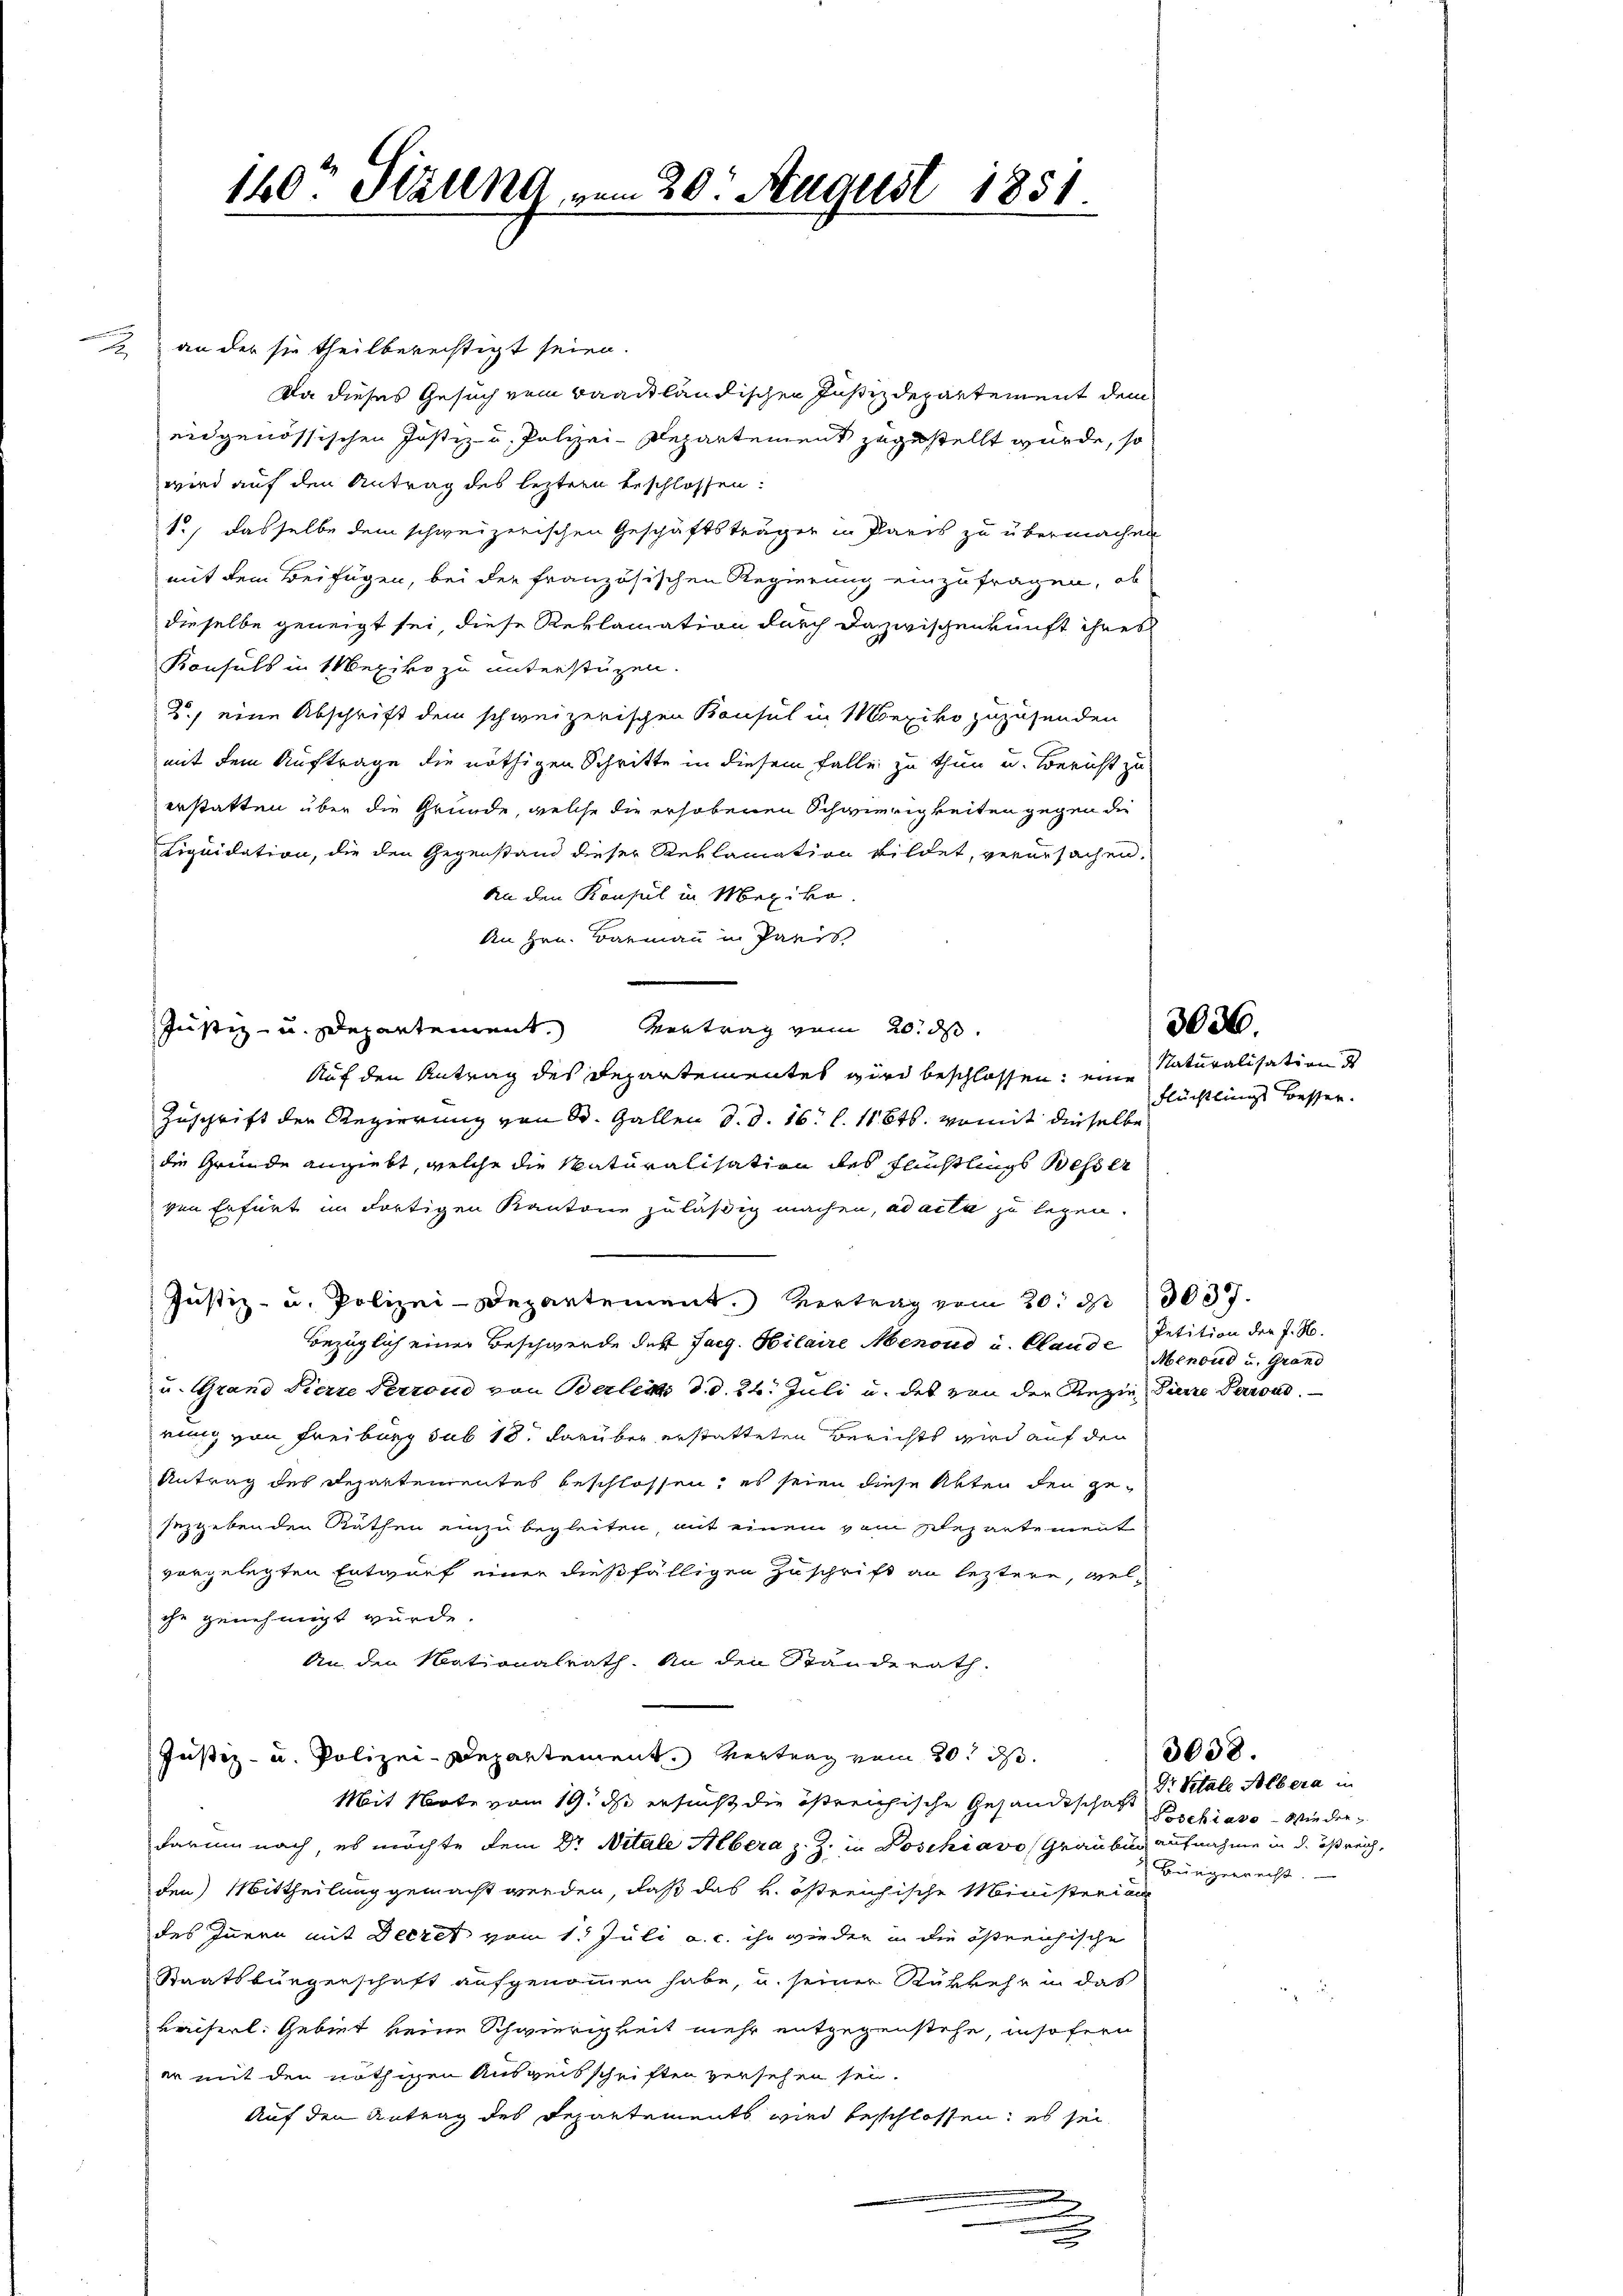
2 an der sie theilberechtigt seien.
Da dieses Gesuch vom Baadtländischen Justizdepartement dem
eidgenössischen Justiz- u. Polizei-Departement zugestellt würde, so
wird auf den Antrag des leztern beschlossen:
1., dasselbe dem schweizerischen Geschäftsträger in Paris zu übermachen
mit dem Beifügen, bei der französischen Regierung einzufragen, ob
dieselbe geneigt sei, diese Reklamation durch dazwischenkunft ihres
Konsuls in Mexiko zu unterstüzen.
2.) eine Abschrift dem schweizerischen Bausul in Mexiko zuzusenden
mit dem Auftrage die nöthigen Schritte in diesem Falle zu thun u. Bericht zu
erstatten über die Gründe, welche die erhobenen Schwierigkeiten gegen die
Liquidation, die den Gegenstand dieser Reklamation bildet, verursachen.
An den Konsul in Mexiko
An Hrn. Barmann in Paris
Justiz- u. Departement. Vertrag vom 20. ds.
Auf den Antrag des Departementes wird beschlossen; eine Naturalisation d
Zuschrift der Regierung von St. Gallen d. d. 16. l. 11646. womit dieselbe
die Gründe angiebt, welche die Naturalisation des Fluchtlings Wesser
ven Erfurt im dortigen Kantone zuläßig machen, ad acta zu legen.
Justiz- u. Polizei-Departement. Vertrag vom 20. d. 1037.
Bezüglich einer Beschwerde des Jaeg. Hilaire Menoud u. Claude Menoud u. Grand
u. Grand Pierre Perrond von Berlin d. d. 24. Juli u. des von der Regie Pierre Perrond
eung von Freiburg sub 18. darüber erstatteten Berichts wird auf den
Antrag des Departementes beschlossen; es seien diese Akten den gesezgebenden Räthen einzubegleiten, mit einem vom Separtement
vorgelegten Entwurf einer dießfälligen Zuschrift an leztere, wel-
che genehmigt würde.
An den Nationalrath. An den Standerath
Justiz- u. Polizei-Departement. Vertrag vom 20.
Mit Note vom 19. ds ersucht die östreichische Gesandtschaft Beschias Wiederdarum nach, es möchte dem Dr. Nitale Albera z. Z. in Poschiavo, Graubun aufnahme in d. östreich,
den) Mittheilung gemacht werden, daß das k. östreichische Ministeria
des Innern mit Decret vom 1. Juli a. c. ihr wieder in die östreichische
Staatsbürgerschaft aufgenommen habe, u. seiner Rükkehr in das
reiserl. Gebiet keine Schwierigkeit mehr entgegenstehe, insofern
er mit den nöthigen Ausweisschriften versehen sei.
Auf den Antrag des Departements wird beschlossen; es sei
.

C
140. Stäling i

i 20. August 1851.

Flüchtlings Besser.

3036.

Petition der J. H.

Dr. Vitale Albera in
Bürgerrecht.